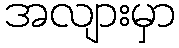
အလျားမှာ